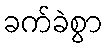
ခက်ခဲစွာ